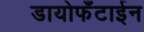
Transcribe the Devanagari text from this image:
डायोफँटाईन